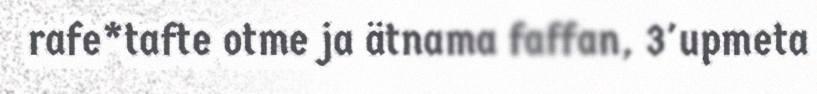
rafe*tafte otme ja ätnama faffan, 3'upmeta